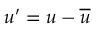
u ^ { \prime } = u - { \overline { { u } } }